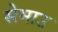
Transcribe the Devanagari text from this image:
सेमाउ